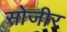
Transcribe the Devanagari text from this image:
सोजीर